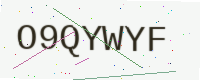
Text: O9QYWYF